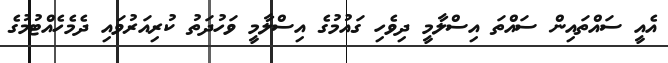
އެއީ ސައްތައިން ސައްތަ އިސްލާމީ ދިވެހި ގައުމުގެ އިސްލާމީ ވަހުދަތު ކުރިއަރުވައި ދެމެހެއްޓުމުގެ